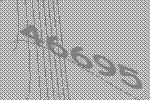
46695